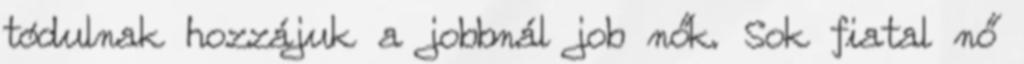
tódulnak hozzájuk a jobbnál job nők. Sok fiatal nő